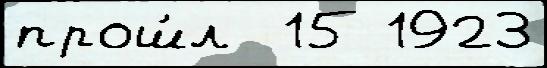
прош́л  15 1923